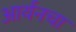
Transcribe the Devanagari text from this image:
आर्यनचा